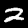
Label: 2